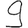
Digit: 9